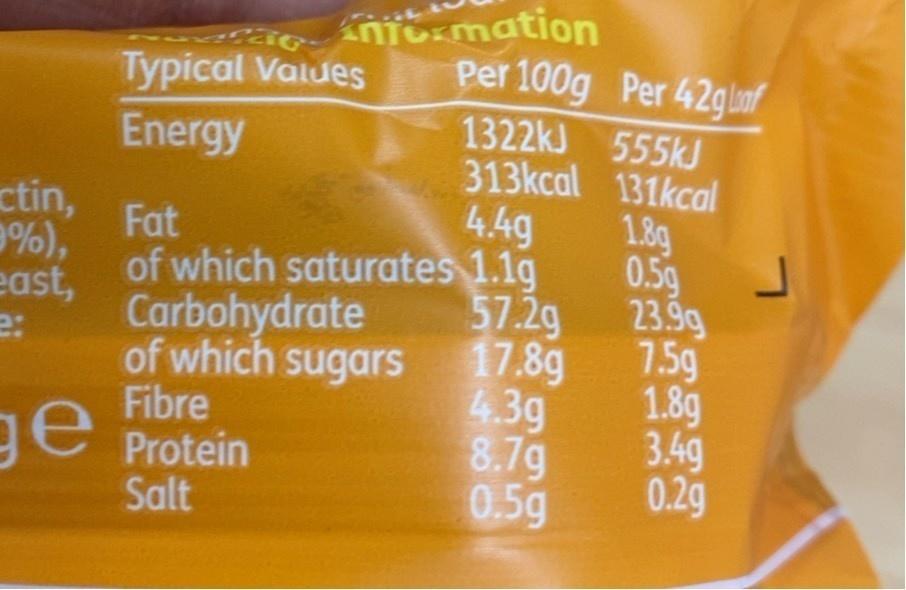
niormation Per 100g Per 42glaf
Typical Values
1322KJ 555KJ 313kcal 131kcal
Energy
ctin, 9%), east, Carbohydrate
Fat
4.49
1.8g
0.59 57.29 of which sugars 17.8g 4.3g 8.7g 0.5g
of which saturates 1.1g
23.9g 7.5g 1.8g 3.4g 0.2g
Fibre ge Protein
Salt